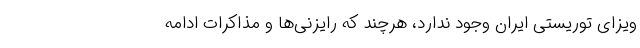
ویزای توریستی ایران وجود ندارد، هرچند که رایزنی‌ها و مذاکرات ادامه